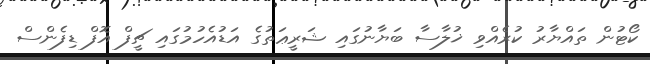
ކޯޓުން ތައްޔާރު ކުރެއްވި ޚުލާސާ ބަޔާނުގައި ޝަރީޢަތުގެ އަޑުއެހުމުގައި ޗީފް އޮފް ޑިފެންސް